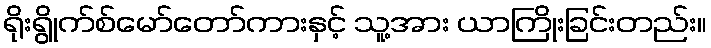
ရိုးရွိုက်စ်မော်တော်ကားနှင့် သူ့အား ယာကြိုးခြင်းတည်း။